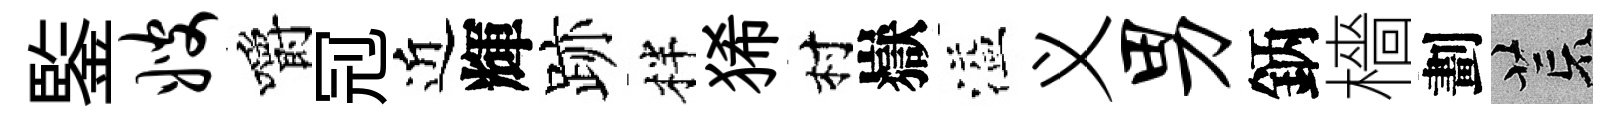
鍳嫂嚼𠜍近輝跡柈狶村嶽溢义男鈵檣劃荒